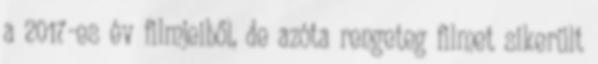
a 2017-es év filmjeiből, de azóta rengeteg filmet sikerült